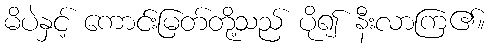
မိပဲနှင့် ကောင်းမြတ်တို့သည် ပို၍ နီးလာကြ၏။